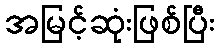
အမြင့်ဆုံးဖြစ်ပြီး